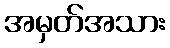
အမှတ်အသား